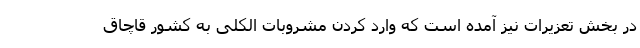
در بخش تعزیرات نیز آمده است که وارد کردن مشروبات الکلی به کشور قاچاق